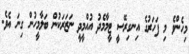
މިހެންވެ މި ފަހަރުގެ އިނގިރޭސިީ ޓީމާމެދު އުއްމީދީ ނަޒަރަކުން ބަލާމީހުން ގިނަ އެވެ.